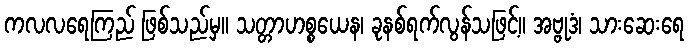
ကလလရေကြည် ဖြစ်သည်မှ။ သတ္တာဟစ္စယေန၊ ခုနစ်ရက်လွန်သဖြင့်။ အဗ္ဗုဒံ၊ သားဆေးရေ